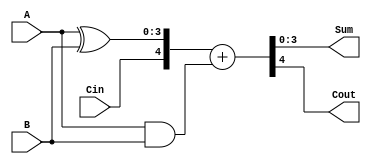
module carrylookahead_adder (
    input [3:0] A,
    input [3:0] B,
    input Cin,
    output [3:0] Sum,
    output Cout
);

wire [3:0] P;
wire [3:0] G;

assign P = A ^ B;
assign G = A & B;

assign {Cout, Sum} = {Cin, P} + G;

endmodule